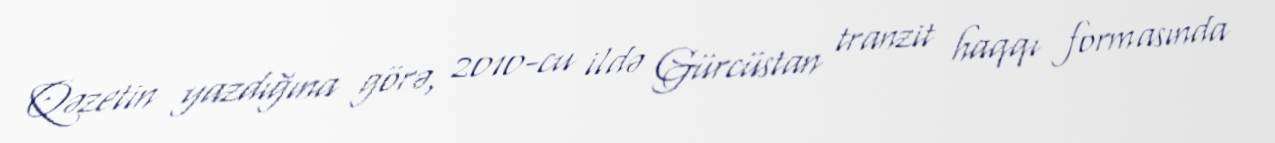
Qəzetin yazdığına görə, 2010-cu ildə Gürcüstan tranzit haqqı formasında